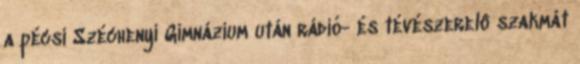
a pécsi Széchenyi Gimnázium után rádió- és tévészerelô szakmát